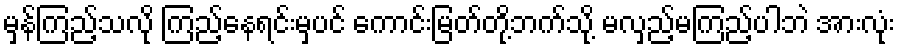
မှန်ကြည့်သလို ကြည့်နေရင်းမှပင် ကောင်းမြတ်တို့ဘက်သို့ မလှည့်မကြည့်ပါဘဲ အားလုံး